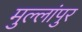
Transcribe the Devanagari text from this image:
मुल्लांपुर